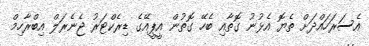
އެސަރަހައްދަށް ތެޔޮ އެޅުނު ގޮތާއި ބެހޭ ގޮތުން އީޕީއޭގެ ޑިރެކްޓަރު ޖެނެރަލް އިބްރާހިމް